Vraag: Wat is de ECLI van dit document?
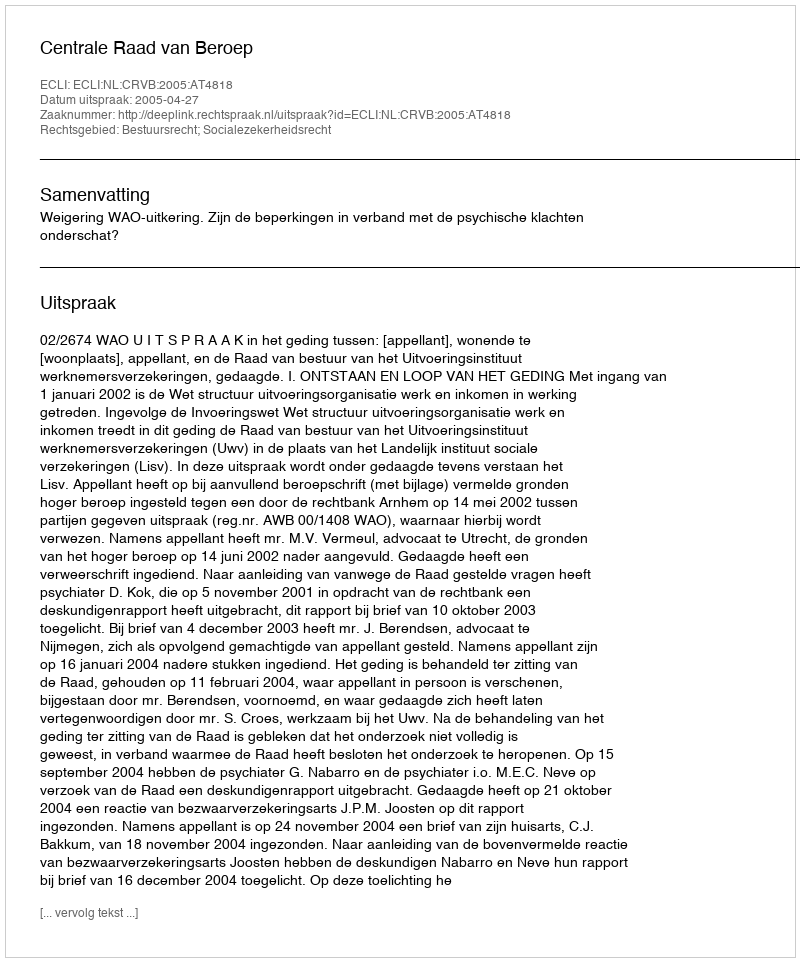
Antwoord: ECLI:NL:CRVB:2005:AT4818